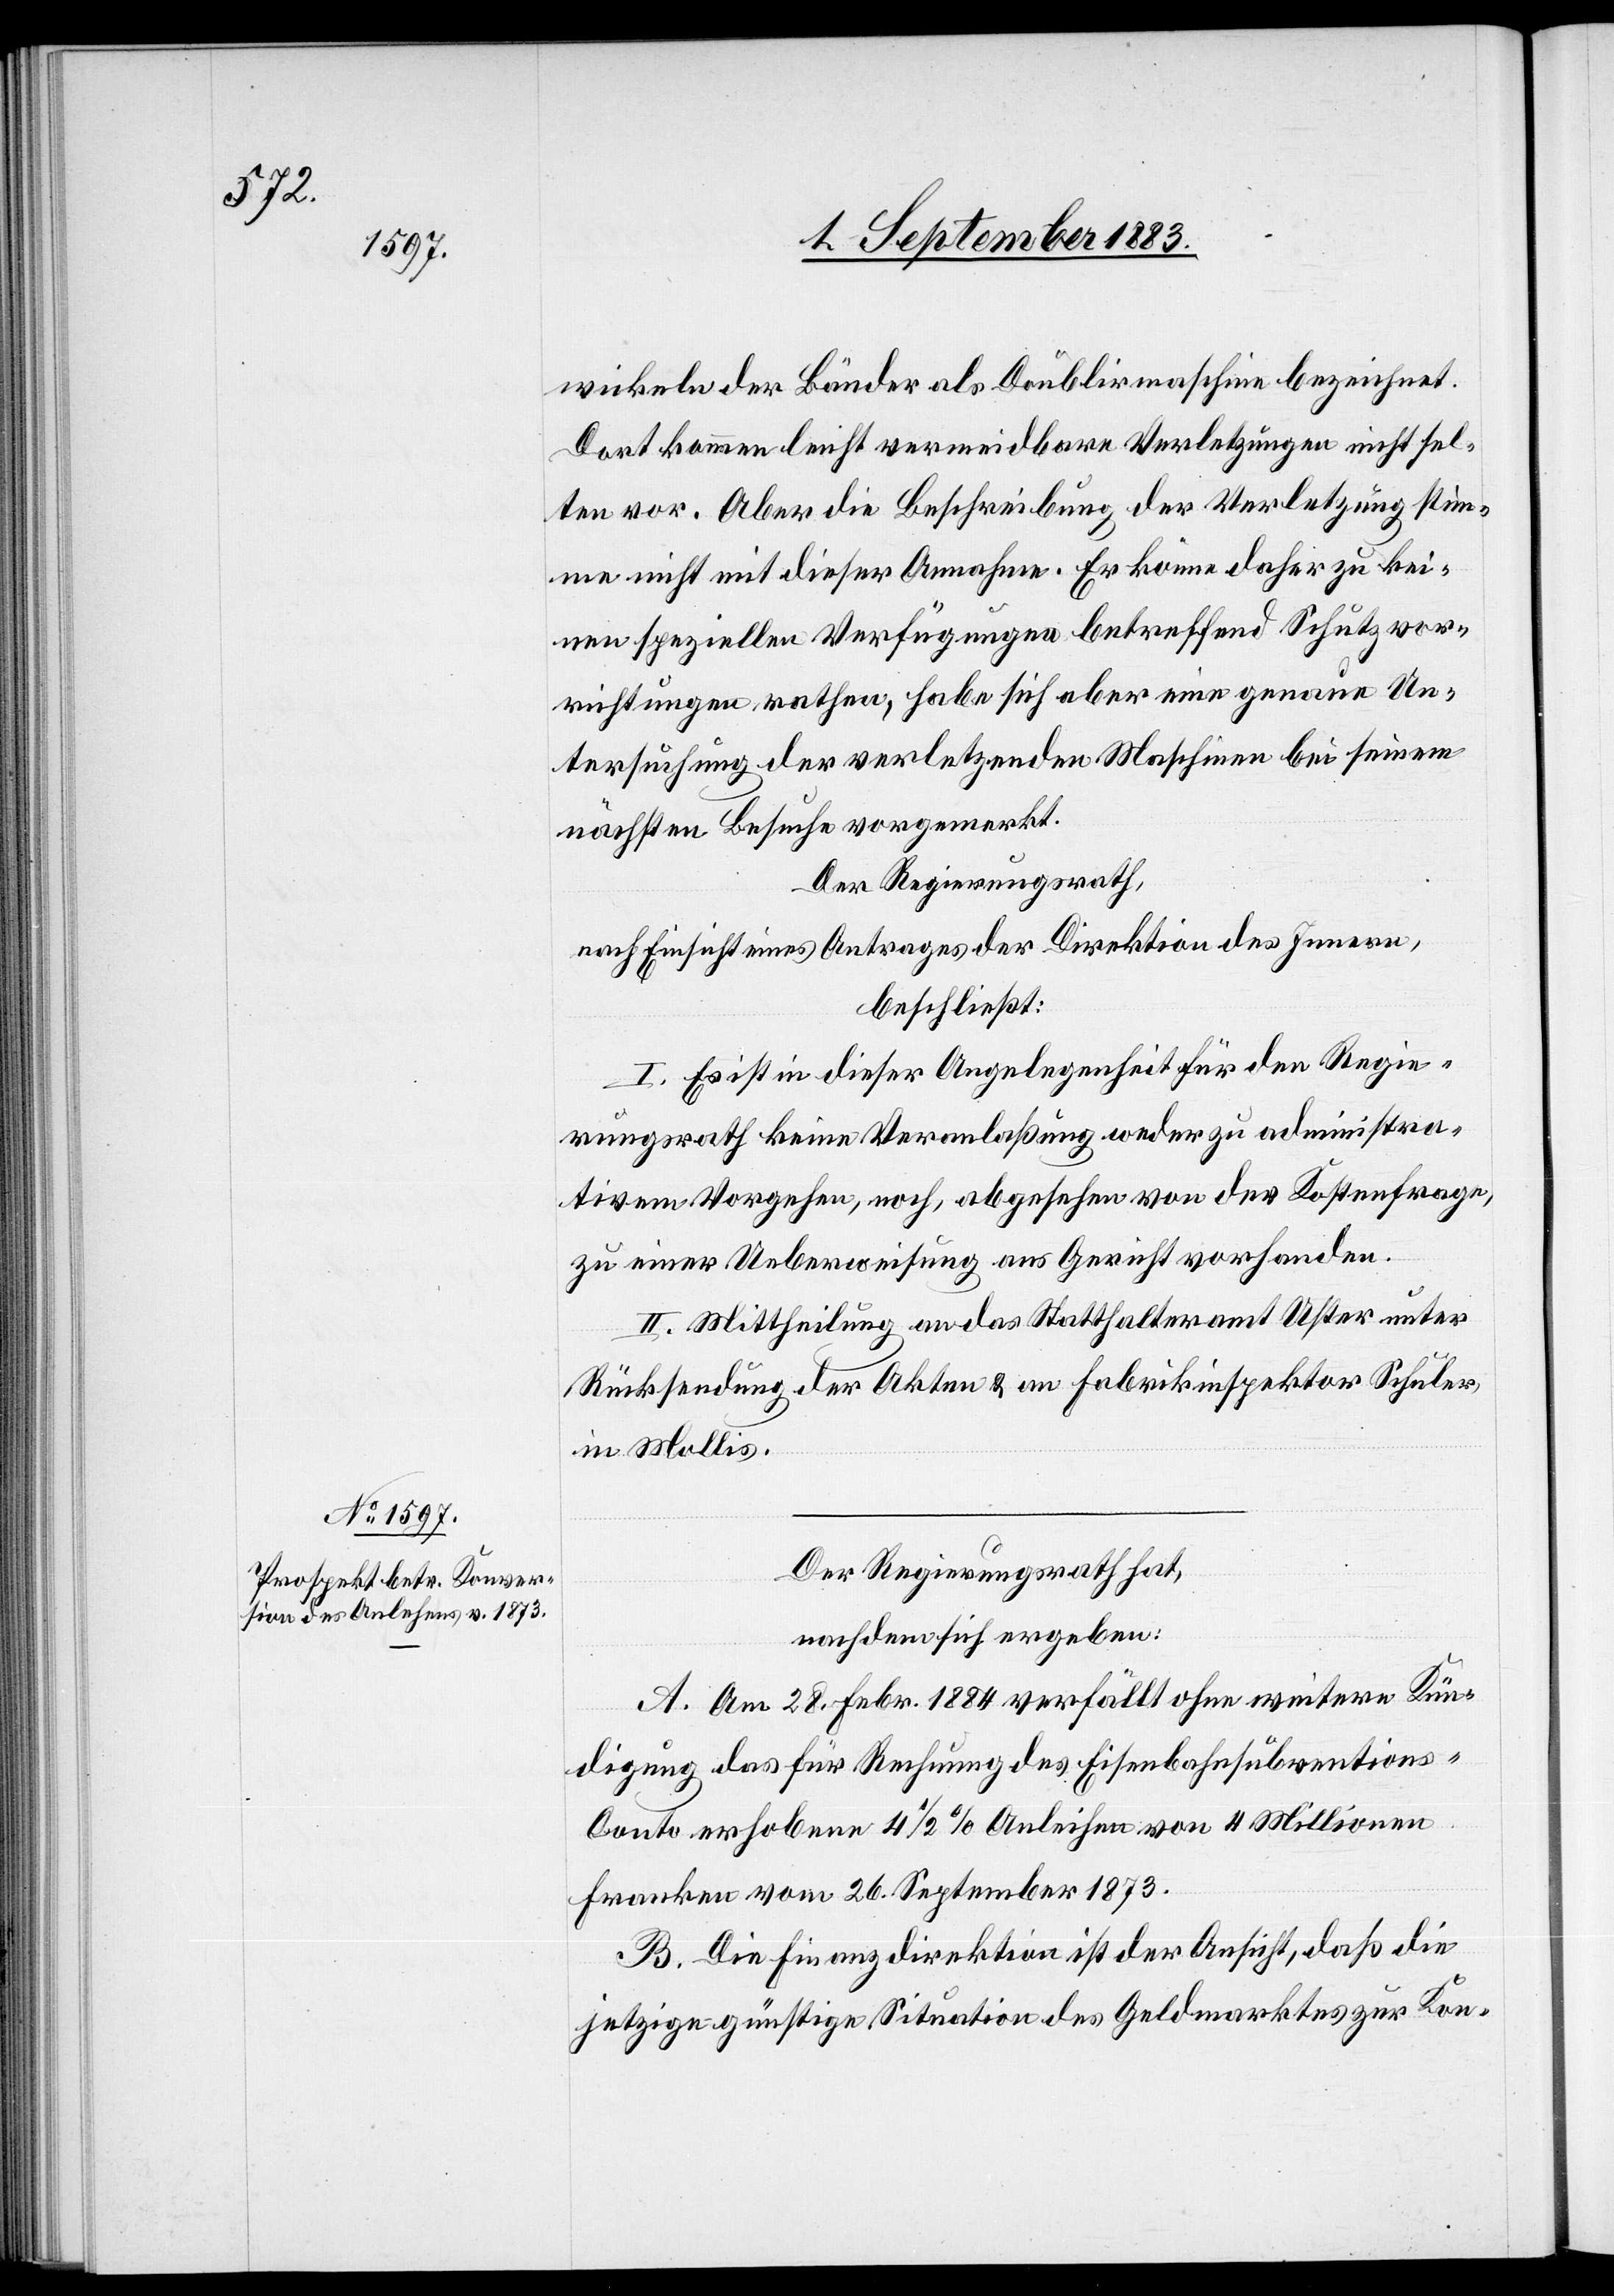
wickeln der Bänder als Doublirmaschine bezeichnet.
Dort kommen leicht vermeidbare Verletzungen nicht sel¬
ten vor. Aber die Beschreibung der Verletzung stim¬
me nicht mit dieser Annahme [sic!]. Er könne daher zu kei¬
nen speziellen Verfügungen betreffend Schutzvor¬
richtungen rathen, habe sich aber eine genaue Un¬
tersuchung der verletzenden Maschine bei seinem
nächsten Besuche vorgemerkt.
Der Regierungsrath,
nach Einsicht eines Antrages der Direktion des Innern,
beschließt:
I. Es ist in dieser Angelegenheit für den Regie¬
rungsrath keine Veranlaßung weder zu administra¬
tivem Vorgehen, noch, abgesehen von der Kostenfrage,
zu einer Ueberweisung ans Gericht vorhanden.
II. Mittheilung an das Statthalteramt Uster unter
Rücksendung der Akten & an Fabrikinspektor Schuler,
in Mollis.
Der Regierungsrath hat,
nachdem sich ergeben:
A. Am 28. Febr. 1884 verfällt ohne weitere Kün¬
digung das für Rechnung des Eisenbahnsubventions-C¬
onto erhobene 4 1/2% Anleihen von 4 Millionen
Franken vom 26. September 1873.
B. Die Finanzdirektion ist der Ansicht, daß die
jetzige günstige Situation des Geldmarktes zur Kon-